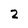
Character: 2